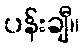
ပန်းချီ။